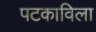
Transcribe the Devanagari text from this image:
पटकाविला